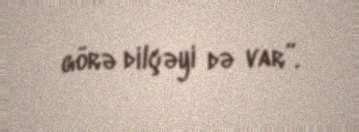
görə dilçəyi də var”.